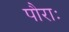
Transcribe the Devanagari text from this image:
पौराः